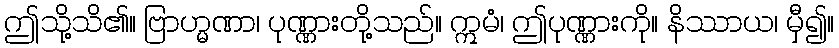
ဤသို့သိ၏။ ဗြာဟ္မဏာ၊ ပုဏ္ဏားတို့သည်။ ဣမံ၊ ဤပုဏ္ဏားကို။ နိဿာယ၊ မှီ၍။